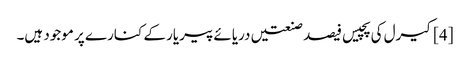
[4] کیرل کی پچیس فیصد صنعتیں دریائے پیریار کے کنارے پر موجود ہیں۔